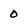
Character: 0